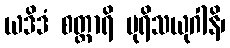
ယဒိဒံ စတ္တာရိ ပုရိသယုဂါနိ၊